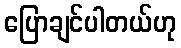
ပြောချင်ပါတယ်ဟု